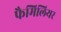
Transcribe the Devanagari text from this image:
फैमिलियर